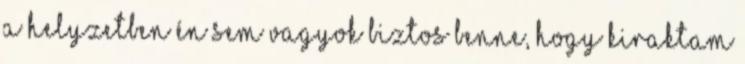
a helyzetben én sem vagyok biztos benne, hogy kiraktam